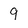
Character: 9